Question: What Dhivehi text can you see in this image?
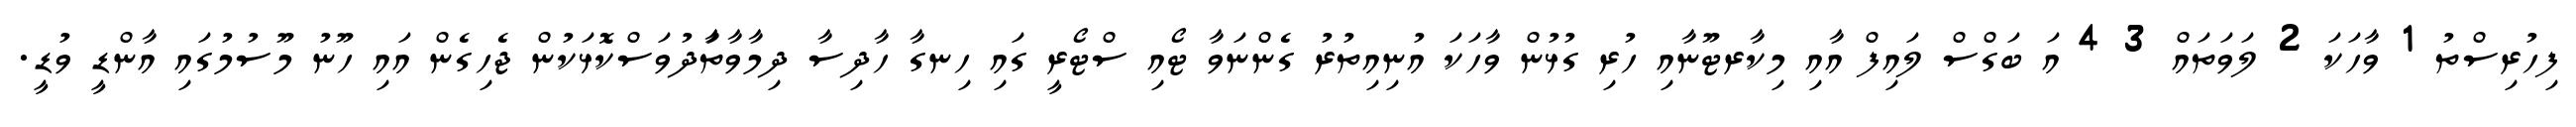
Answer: ފިހުރިސްތު 1 ވާހަކަ 2 ލަވަތައް 3 4 އަ ބަގްސް ލައިފް އާއި މިކާރޓޫނާއި ހުރި ގުޅުން ވާހަކަ އުނިއިތުރު ގެންނަވާ ޓޯއި ސްޓޯރީ ގައި ހިނގާ ހާދިސާ ދިމާވާތަާދުވަސްކޮޅަކުން ޖެހިގެން އައި ހޫނު މޫސުމުގައި އާންޑީ ވުޑީ.